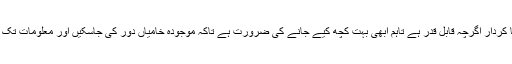
اس سلسلے میں ایچ ای سی کا کردار اگرچہ قابل قدر ہے تاہم ابھی بہت کچھ کیے جانے کی ضرورت ہے تاکہ موجودہ خامیاں دور کی جاسکیں اور معلومات تک رسائی کا عمل بہتر ہوسکے۔